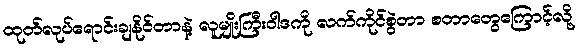
ထုတ်လုပ်ရောင်းချနိုင်တာနဲ့ လူမျိုးကြီးဝါဒကို လက်ကိုင်စွဲတာ စတာတွေကြောင့်လို့